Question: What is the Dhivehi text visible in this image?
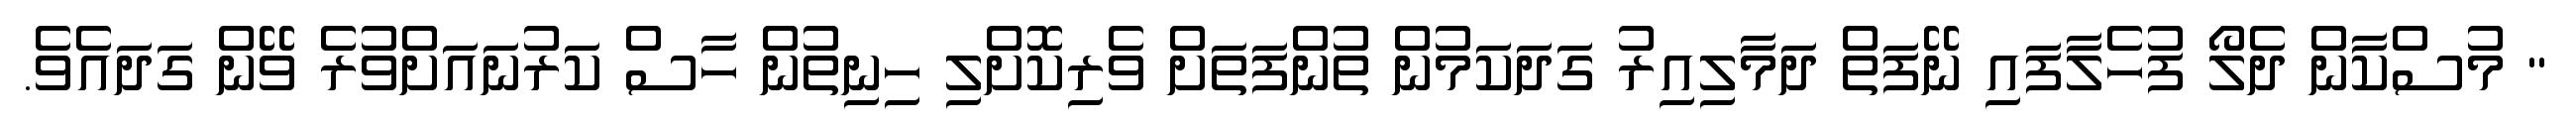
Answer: " މުސްކާން ދެލޯ ފުހެލާފައި ނޭފަތް ދަމާލިއިރު ގަދަކަމުން ތުންފަތަށް ވެރިކޮށްލި ހިނިތުން ހާސް ކަރުނައަށްވުރެ ވޭން ގަދައެވެ.